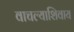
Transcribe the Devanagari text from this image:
वाचल्याशिवाय